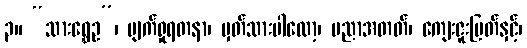
၃။ “သားရွှေဥ”၊ မျက်ရှုရတနာ၊ မှတ်သားပါလော့၊ ပညာအတတ်၊ ကျေးဇူးမြတ်နှင့်၊